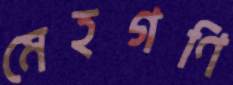
মেহগণি